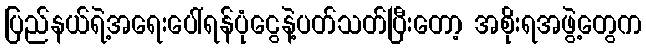
ပြည်နယ်ရဲ့အရေးပေါ်ရန်ပုံငွေနဲ့ပတ်သတ်ပြီးတော့ အစိုးရအဖွဲ့တွေက